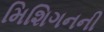
મિશિગનની